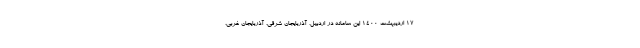
17 اردیبهشت 1400 این سامانه در اردبیل، آذربایجان شرقی، آذربایجان غربی،